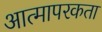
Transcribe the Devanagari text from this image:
आत्मापरकता